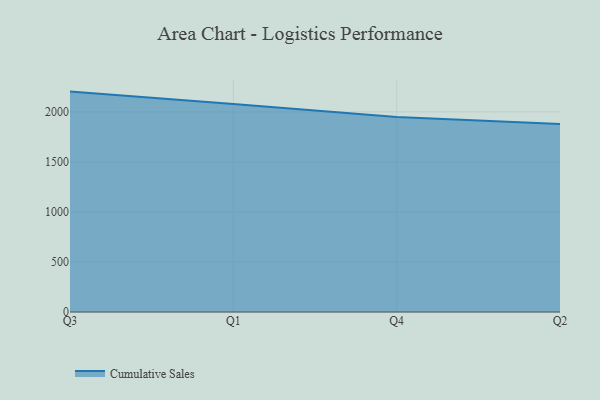
{"axis": {"x": "Quarter", "y": "Production Output"}, "legend": ["Cumulative Sales"], "data": [{"x": "Q3", "y": 2203.0, "type": "Cumulative Sales"}, {"x": "Q1", "y": 2080.3, "type": "Cumulative Sales"}, {"x": "Q4", "y": 1949.3, "type": "Cumulative Sales"}, {"x": "Q2", "y": 1879.1, "type": "Cumulative Sales"}]}